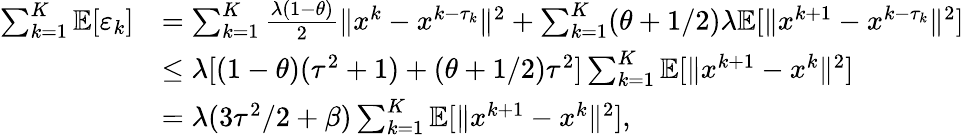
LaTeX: \begin{array}{rl}{\sum_{k=1}^{K}\mathbb{E}[\varepsilon_{k}]}&{=\sum_{k=1}^{K}\frac{\lambda(1-\theta)}{2}\| x^{k}-x^{k-\tau_{k}}\| ^{2}+\sum_{k=1}^{K}(\theta+1/2)\lambda\mathbb{E}[\| x^{k+1}-x^{k-\tau_{k}}\| ^{2}]}\\ &{\leq\lambda[(1-\theta)(\tau^{2}+1)+(\theta+1/2)\tau^{2}]\sum_{k=1}^{K}\mathbb{E}[\| x^{k+1}-x^{k}\| ^{2}]}\\ &{=\lambda(3\tau^{2}/2+\beta)\sum_{k=1}^{K}\mathbb{E}[\| x^{k+1}-x^{k}\| ^{2}],}\end{array}